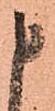
申